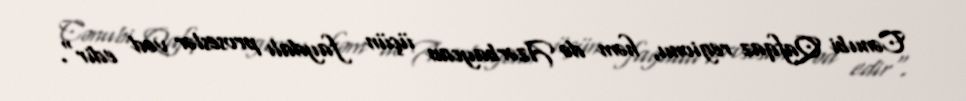
Cənubi Qafqaz regionu, həm də Azərbaycan üçün faydalı proseslər vəd edir".